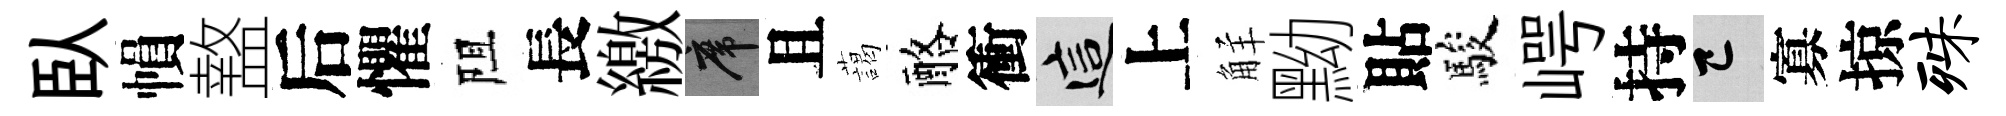
臥𢄙盩后懼阻長繳席且藹酪衝這上觧黝貼駿崿持巳寡掠殊